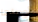
أوصلها